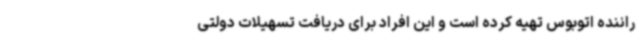
راننده اتوبوس تهیه کرده است و این افراد برای دریافت تسهیلات دولتی